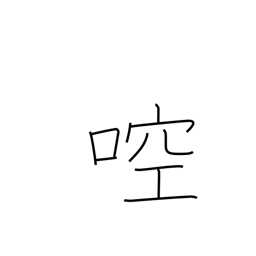
Meaning: gargle